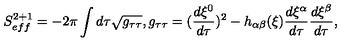
S _ { e f f } ^ { 2 + 1 } = - 2 \pi \int d \tau \sqrt { g _ { \tau \tau } } , g _ { \tau \tau } = ( \frac { d \xi ^ { 0 } } { d \tau } ) ^ { 2 } - h _ { \alpha \beta } ( \xi ) \frac { d \xi ^ { \alpha } } { d \tau } \frac { d \xi ^ { \beta } } { d \tau } ,